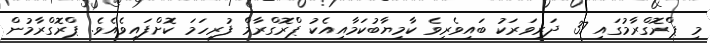
މި ޕްރޮގްރާމުގައި 37 ދަރިވަރަކު ބައިވެރިވެ ކާމިޔާބުކަމާއިއެކު ޕްރޮގްރާމް ފުރިހަމަ ކޮށްފައިވެއެވެ. ޕްރޮގްރާމުން